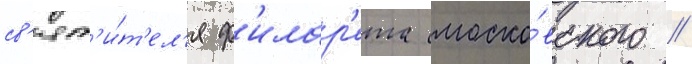
св'ят'и́т'ел'я ф'илар'ета моско́вского //